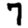
Digit: 7